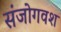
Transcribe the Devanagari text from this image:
संजोगवश